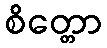
စိတ္တော